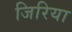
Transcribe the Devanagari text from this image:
जिरिया